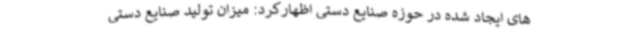
های ایجاد شده در حوزه صنایع دستی اظهارکرد: میزان تولید صنایع دستی